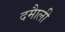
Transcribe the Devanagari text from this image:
दमाैली